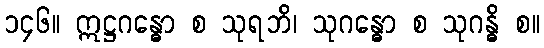
၁၄၆။ ဣဋ္ဌဂန္ဓော စ သုရဘိ၊ သုဂန္ဓော စ သုဂန္ဓိ စ။